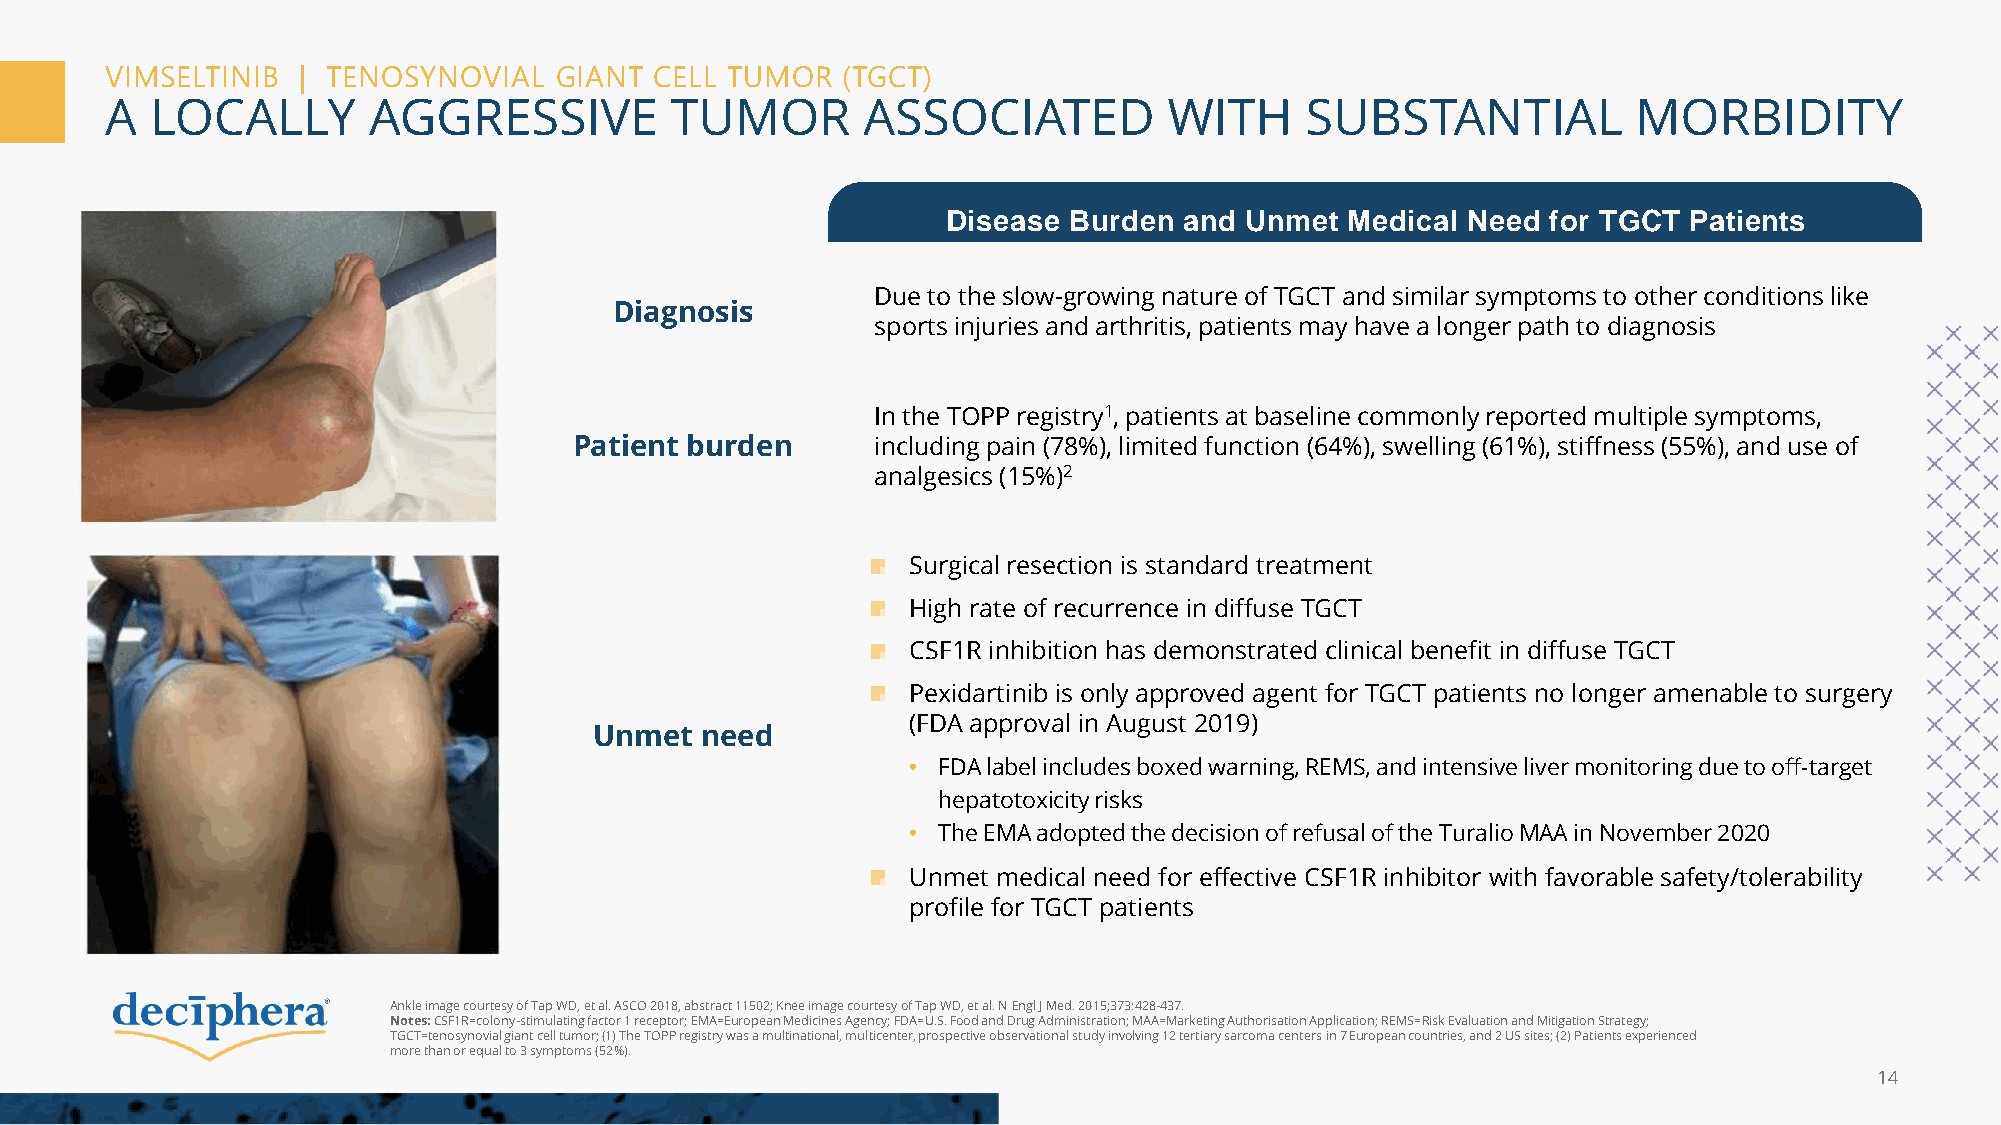
VIMSELTINIB  | TENOSYNOVIAL   GIANT CELL TUMOR   (TGCT)
 A  LOCALLY       AGGRESSIVE          TUMOR        ASSOCIATED          WITH     SUBSTANTIAL           MORBIDITY
 Disease Burden and Unmet  Medical Need  for TGCT Patients
 Due to the slow-growing nature of TGCT and similar symptoms to other conditions like
 Diagnosis
 sports injuries and arthritis, patients may have a longer path to diagnosis
 In the TOPP registry1, patients at baseline commonly reported multiple symptoms,
 Patient burden      including pain (78%), limited function (64%), swelling (61%), stiffness (55%), and use of
 analgesics (15%)2
 Surgical resection is standard treatment
 High rate of recurrence in diffuse TGCT
 CSF1R inhibition has demonstrated clinical benefit in diffuse TGCT
 Pexidartinib is only approved agent for TGCT patients no longer amenable to surgery
 (FDA approval in August 2019)
 Unmet  need
 • FDA label includes boxed warning, REMS, and intensive liver monitoring due to off-target
 hepatotoxicity risks
 • The EMA adopted the decision of refusal of the TuralioMAA in November 2020
 Unmet medical need for effective CSF1R inhibitor with favorable safety/tolerability
 profile for TGCT patients
 Ankle image courtesy of Tap WD, et al. ASCO 2018, abstract 11502; Knee image courtesy of Tap WD, et al. N EnglJ Med. 2015;373:428-437.
 Notes: CSF1R=colony-stimulating factor 1 receptor; EMA=European Medicines Agency; FDA=U.S. Food and Drug Administration;MAA=Marketing Authorisation Application; REMS=Risk Evaluation and Mitigation Strategy;
 TGCT=tenosynovial giant cell tumor; (1) The TOPP registry was a multinational, multicenter, prospective observational study involving 12 tertiary sarcoma centersin7 European countries, and 2 US sites; (2) Patients experienced
 more than or equal to 3 symptoms (52%).
 14